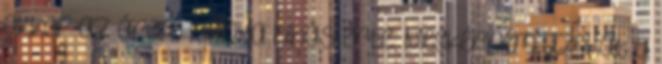
akkor az áram hiánya hibás érte. Megkérném azokat a